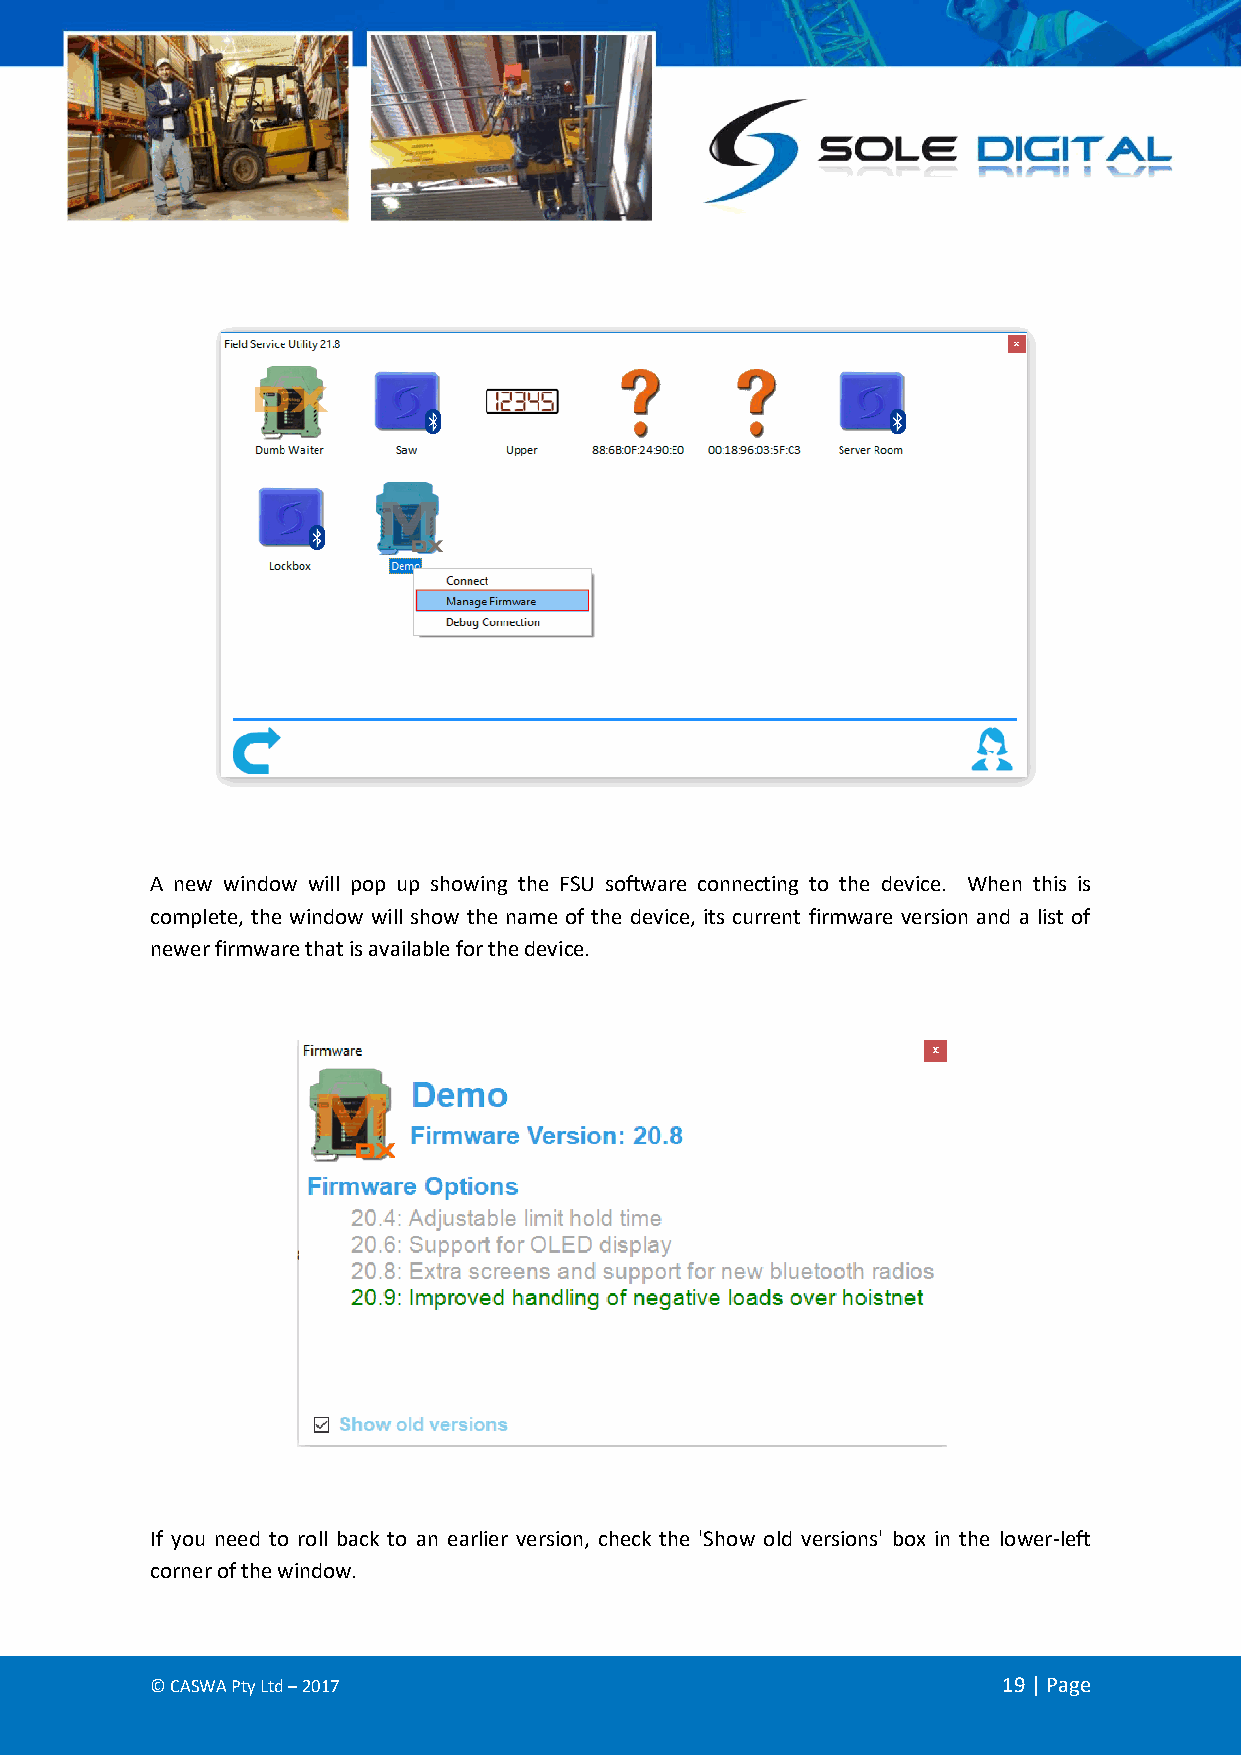
A new window will pop up showing the FSU software connecting to the device. When this is
 complete, the window will show the name of the device, its current firmware version and a list of
 newer firmware that is available for the device.
 If you need to roll back to an earlier version, check the 'Show old versions' box in the lower-left
 corner of the window.
 © CASWA Pty Ltd – 2017                                  19 | Page